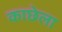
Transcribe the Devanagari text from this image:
काछेला